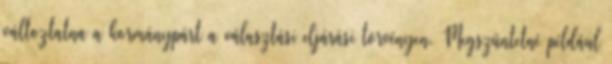
változtatna a kormánypárt a választási eljárási törvényen. Megszüntetné például